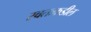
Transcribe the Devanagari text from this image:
स्वतःकडील